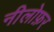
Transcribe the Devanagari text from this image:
नीलोफ़र